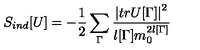
S _ { i n d } [ U ] = - \frac { 1 } { 2 } \sum _ { \Gamma } \frac { \left| t r U [ \Gamma ] \right| ^ { 2 } } { l [ \Gamma ] m _ { 0 } ^ { 2 l [ \Gamma ] } }